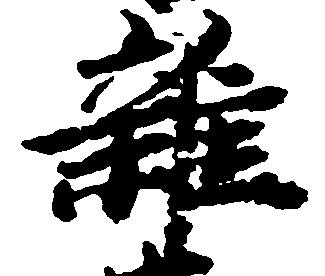
雑